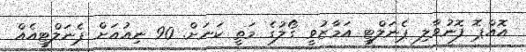
އޮއްޕޮ ފޮނުވާލި ޕެނަލްޓީ އަމާޒުވީ ގޯލުގެ މަތީ ކަނަށް. 90 ނިއުއަށް ޕެނަލްޓީއެއް